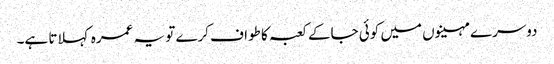
دوسرے مہینوں میں کوئی جاکے کعبہ کا طواف کرے تو یہ عمرہ کہلاتا ہے۔